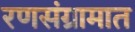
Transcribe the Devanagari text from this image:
रणसंग्रामात